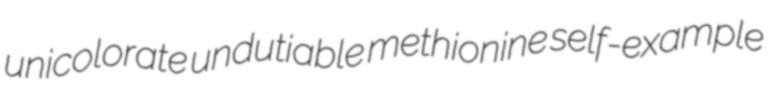
unicolorate undutiable methionine self-example